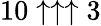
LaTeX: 10\uparrow\uparrow\uparrow 3